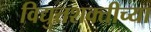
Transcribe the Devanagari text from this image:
विद्युतशक्तीच्या